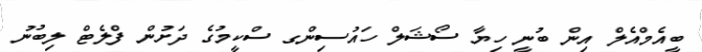
ބީއެމްއެލް އިން ބުނީ ހިޔާ ސޯޝަލް ހައުސިންގ ސްކީމުގެ ދަށުން ފްލެޓް ލިބުނު